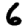
Digit: 6